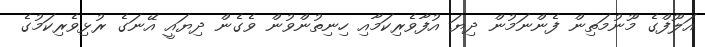
އަލޫފްގެ މޫނުމަތިން ފެންނަމުން ދިޔަ އުފާވެރިކަމާއި ހިނިތުންވުން ވެގެން ދިޔައީ އޭނަގެ ރުޅިވެރިކަމުގެ